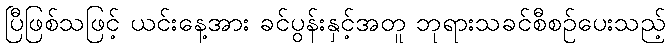
ပြီဖြစ်သဖြင့် ယင်းနေ့အား ခင်ပွန်းနှင့်အတူ ဘုရားသခင်စီစဉ်ပေးသည့်